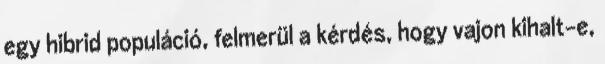
egy hibrid populáció, felmerül a kérdés, hogy vajon kihalt-e,